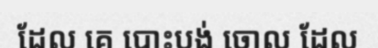
ដែល គេ បោះបង់ ចោល ដែល